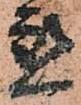
懇